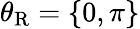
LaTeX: \theta_{\mathrm{R}}=\left\{ 0,\pi\right\}